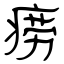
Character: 痨